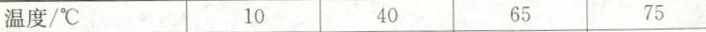
温度/℃ 10 40 65 75